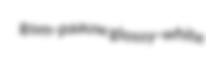
gom-paauw glossy-white